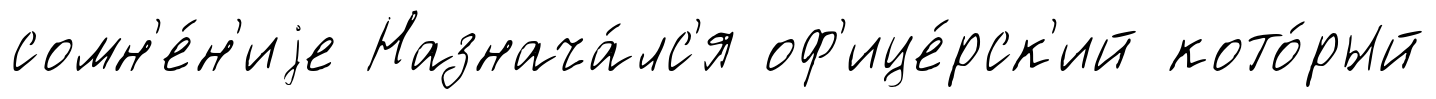
сомн'е́н'иjе Назнача́лс'я оф'ице́рск'ий кото́рый